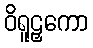
ဝိရူဠှကော